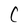
Character: C